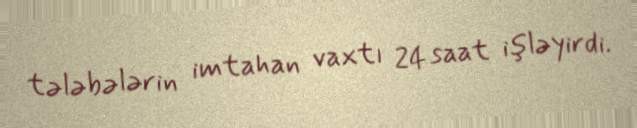
tələbələrin imtahan vaxtı 24 saat işləyirdi.